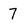
Character: 7